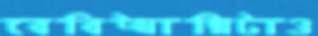
বেবিট্যাক্সিটাও